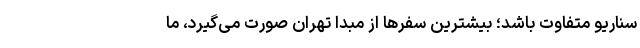
سناریو متفاوت‌ باشد؛ بیشترین سفرها از مبدا تهران صورت می‌گیرد، ما